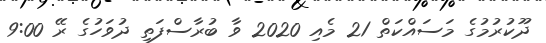
ދޫކުރުމުގެ މަސައްކަތް 21 މެއި 2020 ވާ ބުރާސްފަތި ދުވަހުގެ ރޭ 9:00